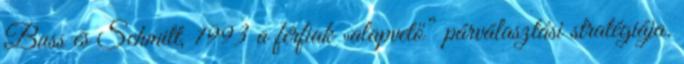
Buss és Schmitt, 1993 a férﬁak „alapvető” párválasztási stratégiája.